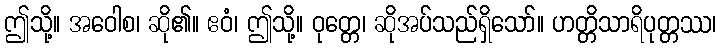
ဤသို့။ အဝေါစ၊ ဆို၏။ ဧဝံ၊ ဤသို့။ ဝုတ္တေ၊ ဆိုအပ်သည်ရှိသော်။ ဟတ္တိသာရိပုတ္တဿ၊